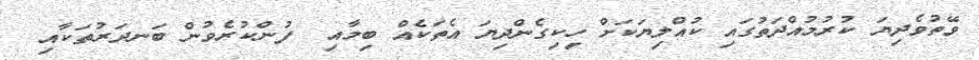
ވޭތުވެދިޔަ ކުރުމުއްދަތުގައި ކުއްލިޔަކަށް ހިކިގެންދިޔަ އެތަކެއް ބިމާއި  ފުންކުރެވުން ބަނދަރުތަކާއި